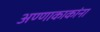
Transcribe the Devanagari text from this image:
अण्णाकाकांना